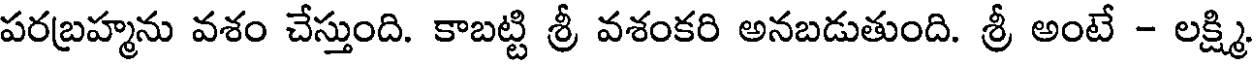
పరబ్రహ్మను వశం చేస్తుంది. కాబట్టి శ్రీ వశంకరి అనబడుతుంది. శ్రీ అంటే - లక్ష్మి